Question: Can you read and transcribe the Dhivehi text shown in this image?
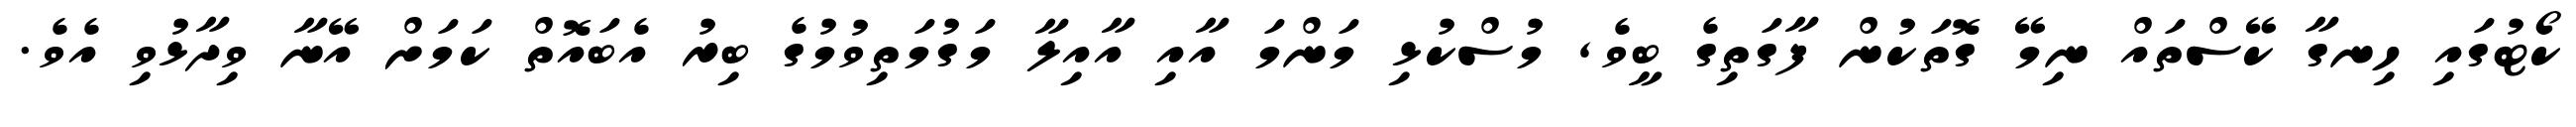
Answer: ކޯޓުގައި ހިނގާ ކޭސްތައް ނިމޭ ގޮތަކުން ފާގަތިގެ ބީވެ, މުސްކުޅި މަންމަ އާއި އާއިލާ މަގުމަތިވުމުގެ ބިރު އެބައޮތް ކަމަށް އޭނާ ވިދާޅުވި އެވެ.